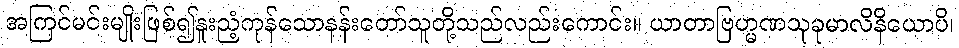
အကြင်မင်းမျိုးဖြစ်၍နူးညံ့ကုန်သောနန်းတော်သူတို့သည်လည်းကောင်း။ ယာတာဗြဟ္မဏသုခုမာလိနိယောပိ၊